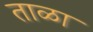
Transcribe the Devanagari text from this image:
ताळा